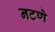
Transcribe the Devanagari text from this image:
नटणे